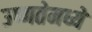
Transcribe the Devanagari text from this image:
उष्णतेमध्ये